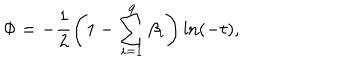
\Phi = - \frac { 1 } { 2 } \left( 1 - \sum _ { i = 1 } ^ { 9 } \beta _ { i } \right) \ln ( - t ) ,